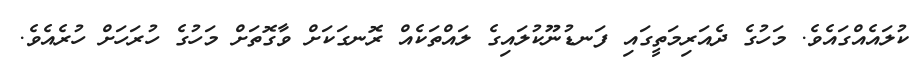
ކުލައެއްގައެވެ. މަހުގެ ދެއަރިމަތީގައި ފަނޑުނޫކުލައިގެ ލައްތަކެއް ރޮނގަކަށް ވާގޮތަށް މަހުގެ ހުރަހަށް ހުރެއެވެ.